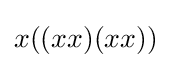
x((xx)(xx))